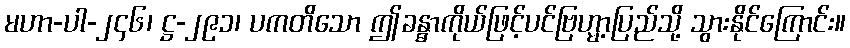
မဟာ-ပါ-၂၄၆၊ ဋ္ဌ-၂၉၁၊ ပကတိသော ဤခန္ဓာကိုယ်ဖြင့်ပင်ဗြဟ္မာ့ပြည်သို့ သွားနိုင်ကြောင်း။